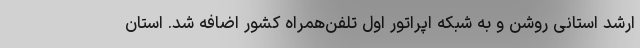
ارشد استانی روشن و به شبکه اپراتور اول تلفن‌همراه کشور اضافه شد. استان